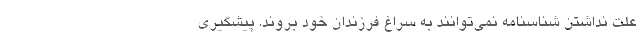
علت نداشتن شناسنامه نمی‌توانند به سراغ فرزندان خود بروند. پیشگیری